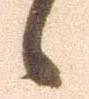
候